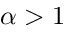
\alpha > 1